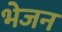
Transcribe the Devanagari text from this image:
भेजन